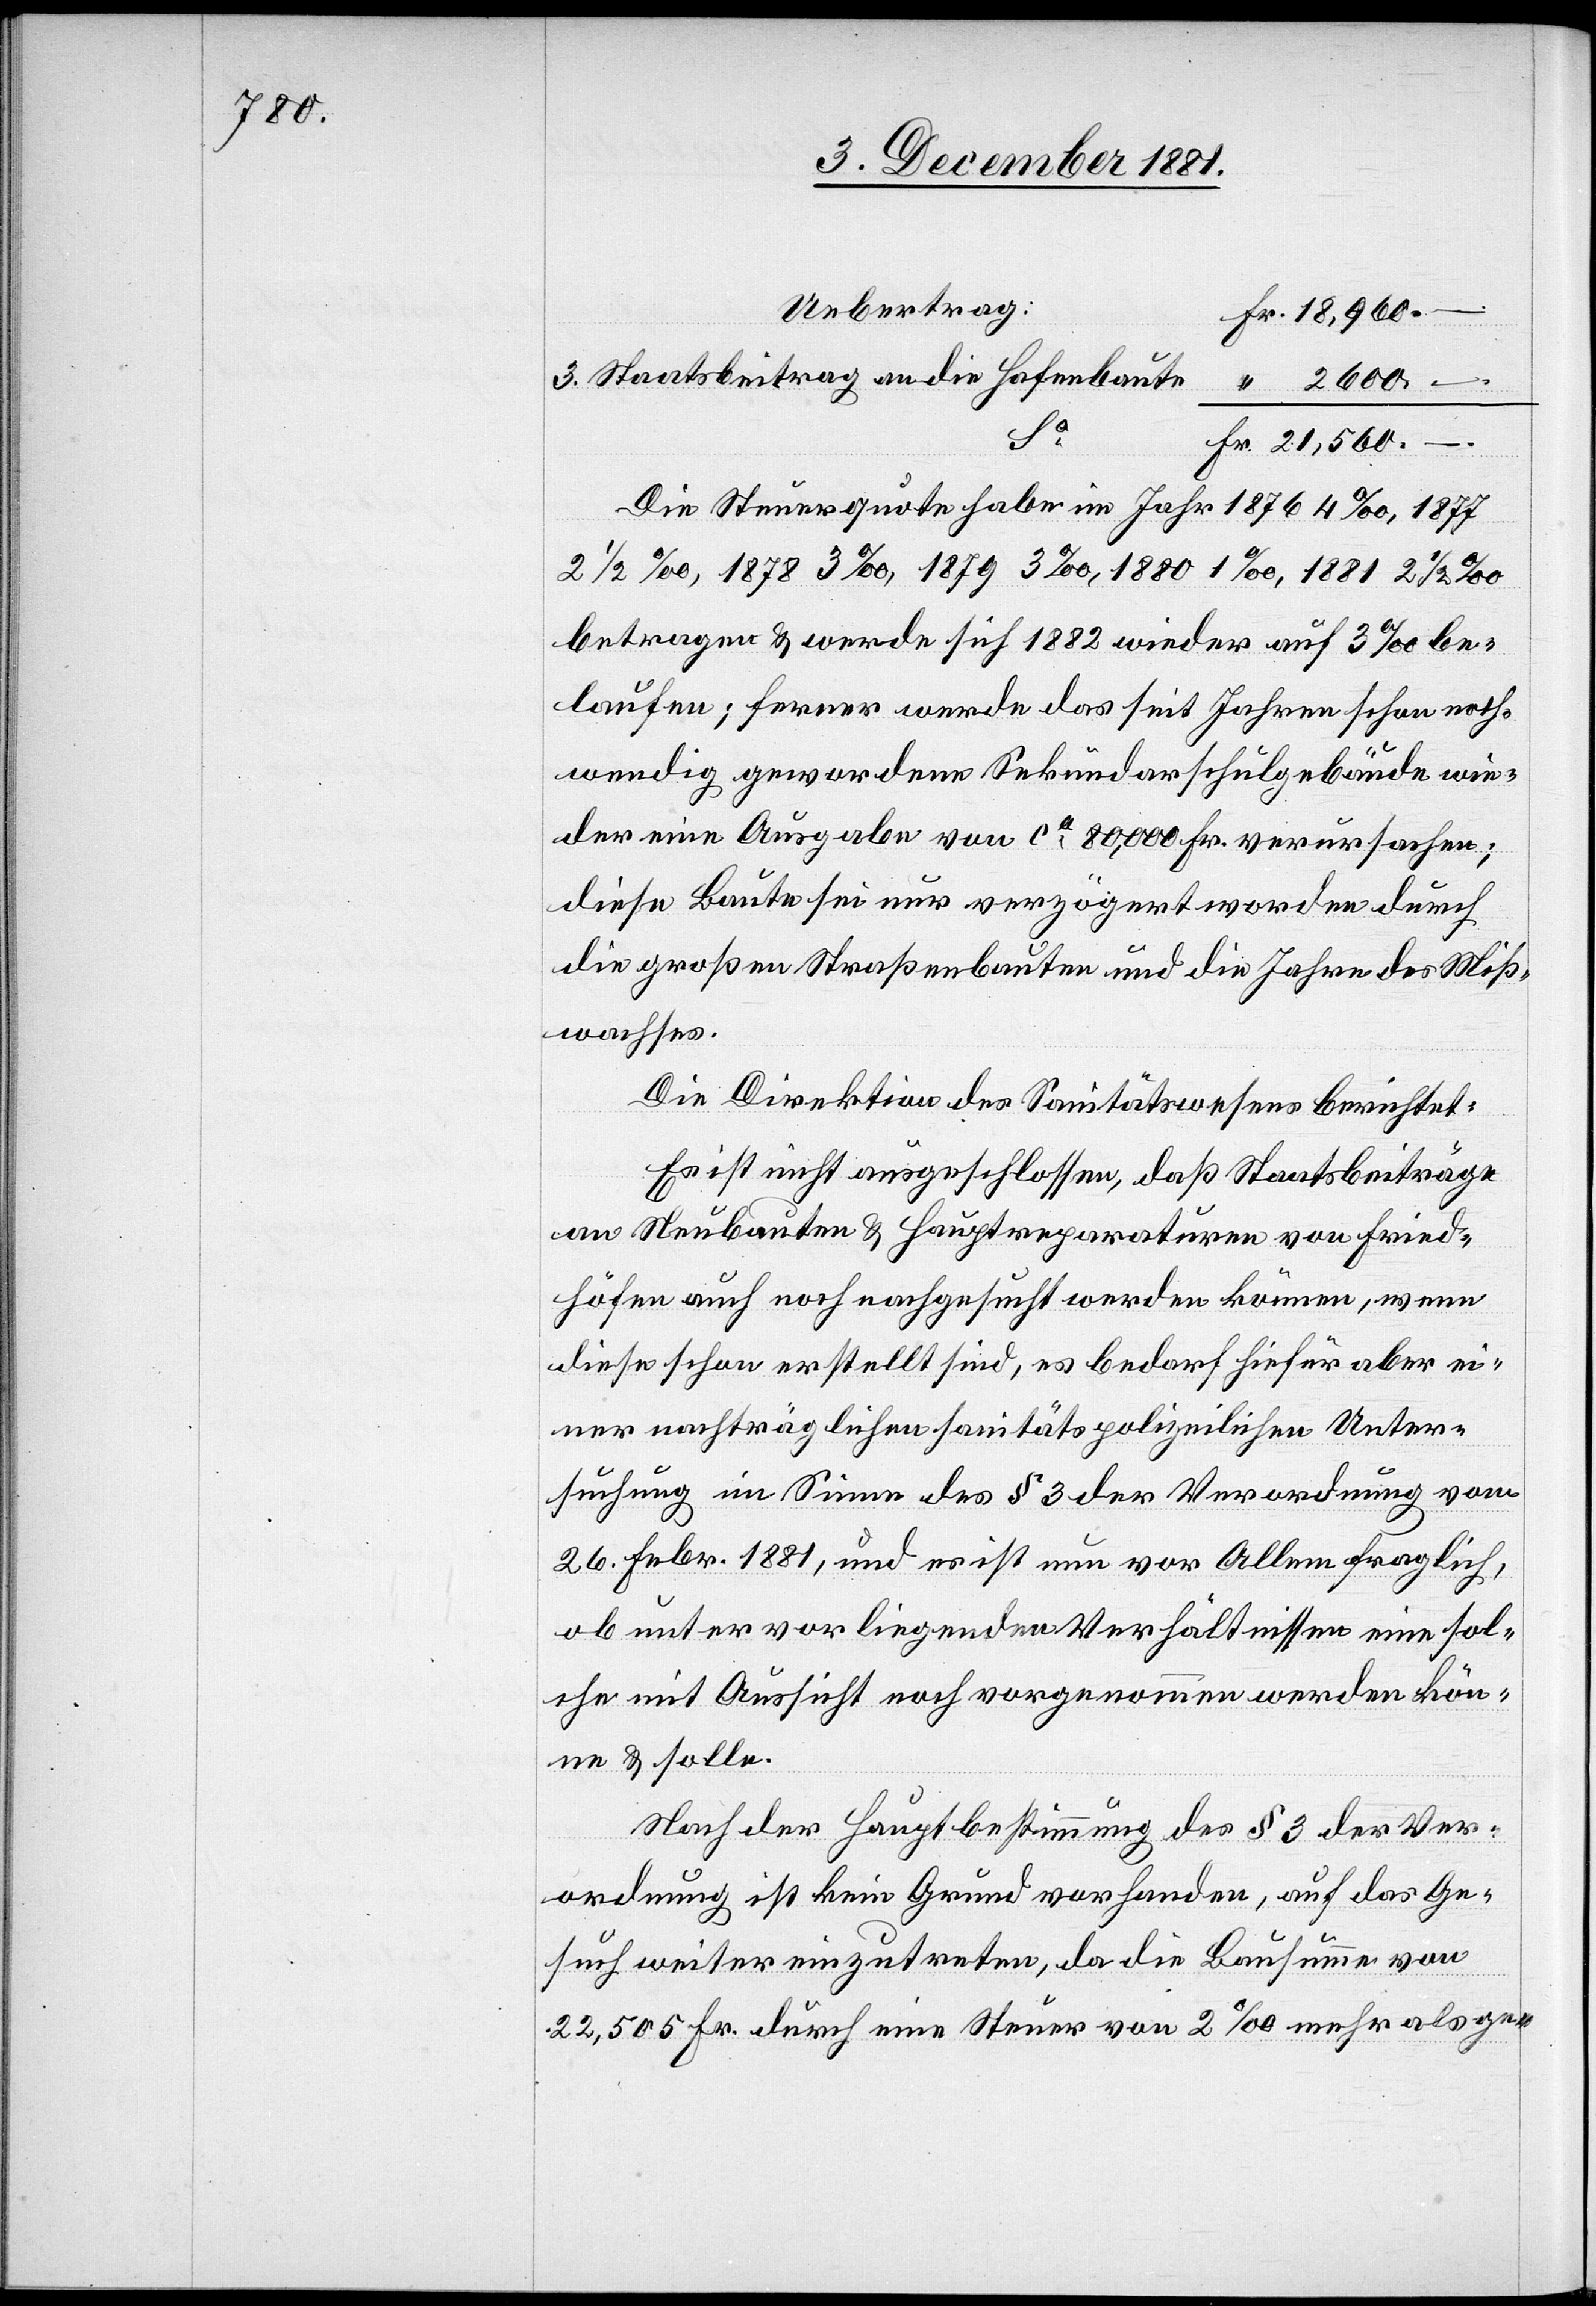
Uebertrag	F¬
r. 18,960 –
3. Staatsbeitrag an die Hafenbaute
“ 2 600
–.
S¬
a	Fr. 21,560 –.
Die Steuerquote habe im Jahr 1876 4‰, 1877
2 1/2‰, 1878 3‰, 1879 3‰, 1880 1‰, 1881 2 1/2‰
betragen & werde sich 1882 wieder auf 3‰ be¬
laufen; ferner werde das seit Jahren schon noth¬
wendig gewordene Sekundarschulgebäude wie¬
der eine Ausgabe von ca 80,000 Fr. verursachen;
diese Baute sei nur verzögert worden durch
die großen Straßenbauten und die Jahre des Miß¬
wachses.
Die Direktion des Sanitätswesens berichtet:
Es ist nicht ausgeschlossen, daß Staatsbeiträge
an Neubauten & Hauptreparaturen von Fried¬
höfen auch noch nachgesucht werden können, wenn
diese schon erstellt sind, es bedarf hiefür aber ei¬
ner nachträglichen sanitätspolizeilichen Unter¬
suchung im Sinne des § 3 der Verordnung vom
26. Febr. 1881, und es ist nun vor Allem fraglich,
ob unter vorliegenden Verhältnissen eine sol¬
che mit Aussicht noch vorgenommen werden kön¬
ne & solle.
Nach der Hauptbestimmung des § 3 der Ver¬
ordnung ist kein Grund vorhanden, auf das Ge¬
such weiter einzutreten, da die Bausumme von
22,505 Fr. durch eine Steuer von 2‰ mehr als ge-